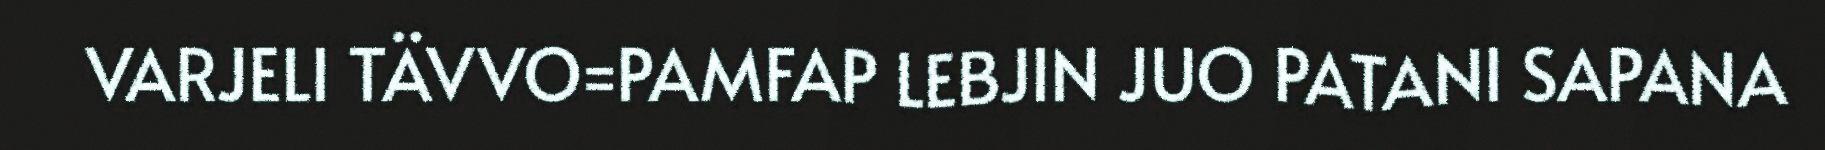
VARJELI TÄVVO=PAMFAP LEBJIN JUO PATANI SAPANA